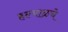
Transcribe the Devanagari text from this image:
हल्याळचे